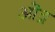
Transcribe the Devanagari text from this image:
ऒद्र